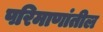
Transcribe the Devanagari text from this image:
परिमाणांतील